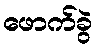
ဖောက်ခွဲ